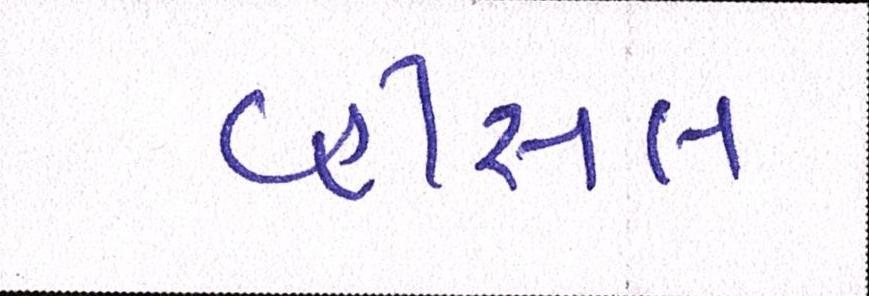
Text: વ્હીસલ